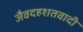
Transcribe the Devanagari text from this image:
जैवदहशतवादी